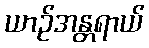
ယာဉ်အန္တရာယ်